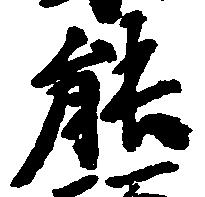
能